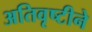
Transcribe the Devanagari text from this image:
अतिवृष्टीने